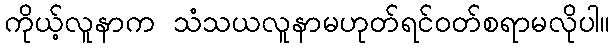
ကိုယ့်လူနာက သံသယလူနာမဟုတ်ရင်ဝတ်စရာမလိုပါ။